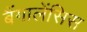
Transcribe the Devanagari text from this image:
बैंगालेंसिस